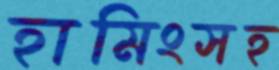
হামিংসহ